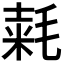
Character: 𣮾